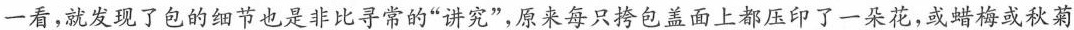
一看，就发现了包的细节也是非比寻常的”讲究”，原来每只包益面上都压印了一朵花，或蜡梅羑秋菊